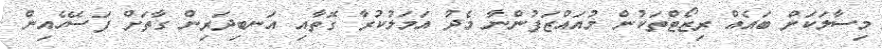
މިސާލަކަށް ބައެއް ރިޒޯޓްތަކުން މުއައްޒަފުންނާ މެދު އަމަލުކުރާ ގޮތާއި އަނބިދަރިން ގާތަށް ފަސޭހެއިން